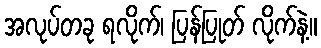
အလုပ်တခု ရလိုက်၊ ပြန်ပြုတ် လိုက်နဲ့။